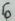
Text: 6